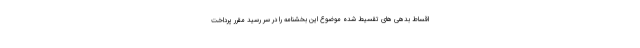
اقساط بدهی های تقسیط شده موضوع این بخشنامه را در سر رسید مقرر پرداخت